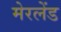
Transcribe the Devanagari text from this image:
मेरलेंड